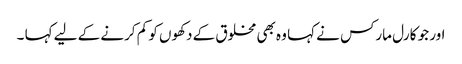
اور جو کارل مارکس نے کہا وہ بھی مخلوق کے دکھوں کو کم کرنے کے لیے کہا ۔